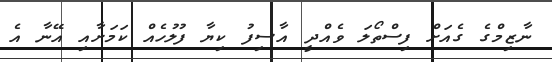
ނާޒިމްގެ ގެއަށް ފިސްތޯލަ ވެއްދީ އާސިފު ކިޔާ ފުލުހެއް ކަމަށާއި އޭނާ އެ